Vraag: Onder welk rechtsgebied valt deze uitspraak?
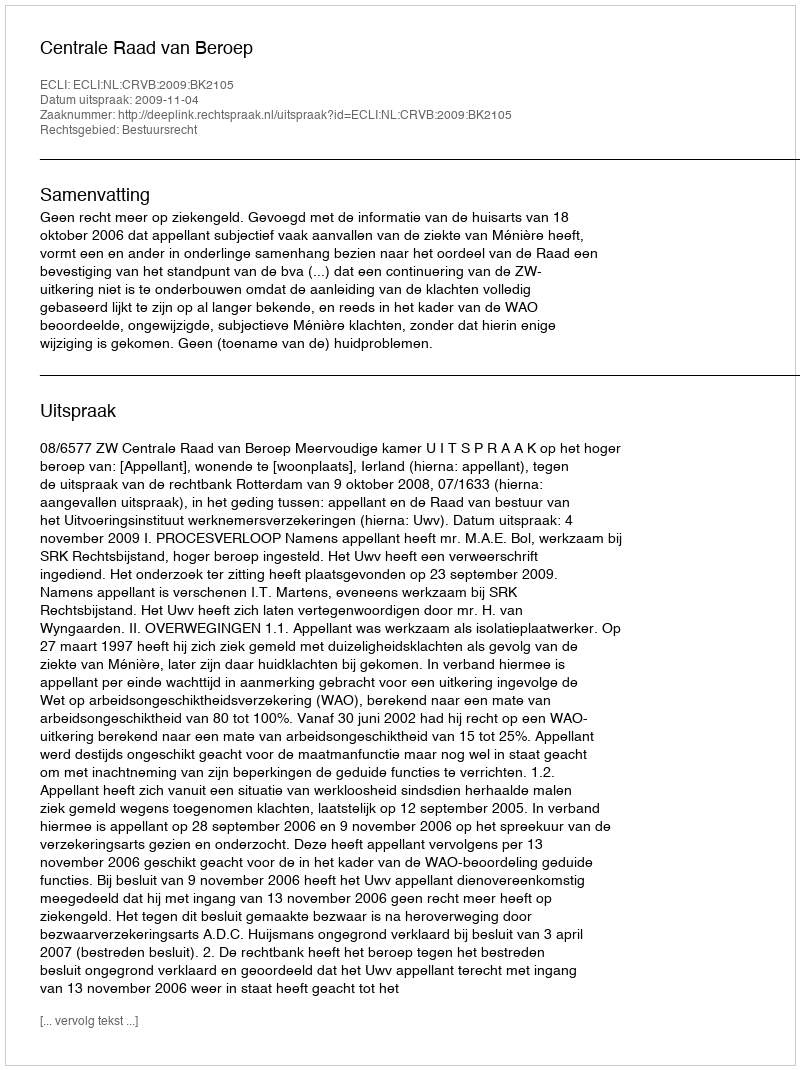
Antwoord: Bestuursrecht